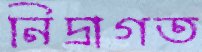
নিদ্রাগত